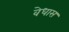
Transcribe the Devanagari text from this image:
वेधास